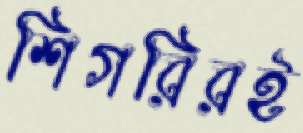
শিগরিরই